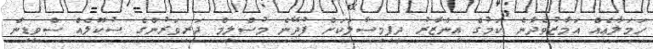
ހަމަލާއެއް އަމާޒުވެދާނެ ކަމުގެ އިންޒާރު ދީފިމިސާލަކަށް ފުދޭނެ މުސްލިމް ދަރިވަރުންގެ ސުކޫލެއް ސްވިޑިން